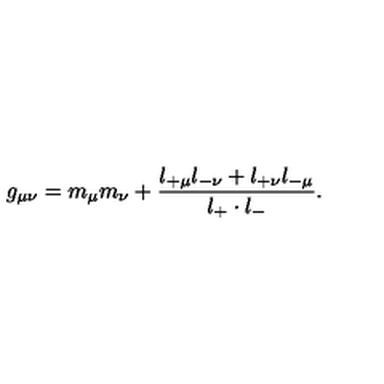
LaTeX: g _ { \mu \nu } = m _ { \mu } m _ { \nu } + \frac { l _ { + \mu } l _ { - \nu } + l _ { + \nu } l _ { - \mu } } { l _ { + } \cdot l _ { - } } .